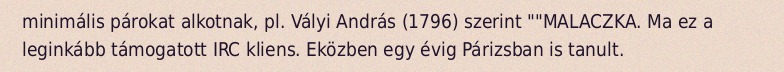
minimális párokat alkotnak, pl. Vályi András (1796) szerint ""MALACZKA. Ma ez a leginkább támogatott IRC kliens. Eközben egy évig Párizsban is tanult.